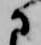
に